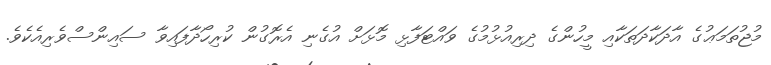
މުޖުތަމަޢުގެ އާދަކާދަތަކާއި މީހުންގެ ދިރިއުޅުމުގެ ވައްޓަފާޅި މޮޅަށް އުގެނި އެރޮގުން ކުރިހޯދާފައިވާ ސައިންސްވެރިއެކެވެ.